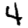
Digit: 4